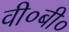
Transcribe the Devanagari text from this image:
वी०बी०